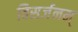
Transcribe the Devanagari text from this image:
विसर्जनम्